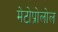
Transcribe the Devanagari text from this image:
मेटोप्रोलोल